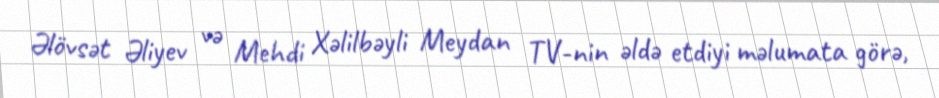
Əlövsət Əliyev və Mehdi Xəlilbəyli Meydan TV-nin əldə etdiyi məlumata görə,